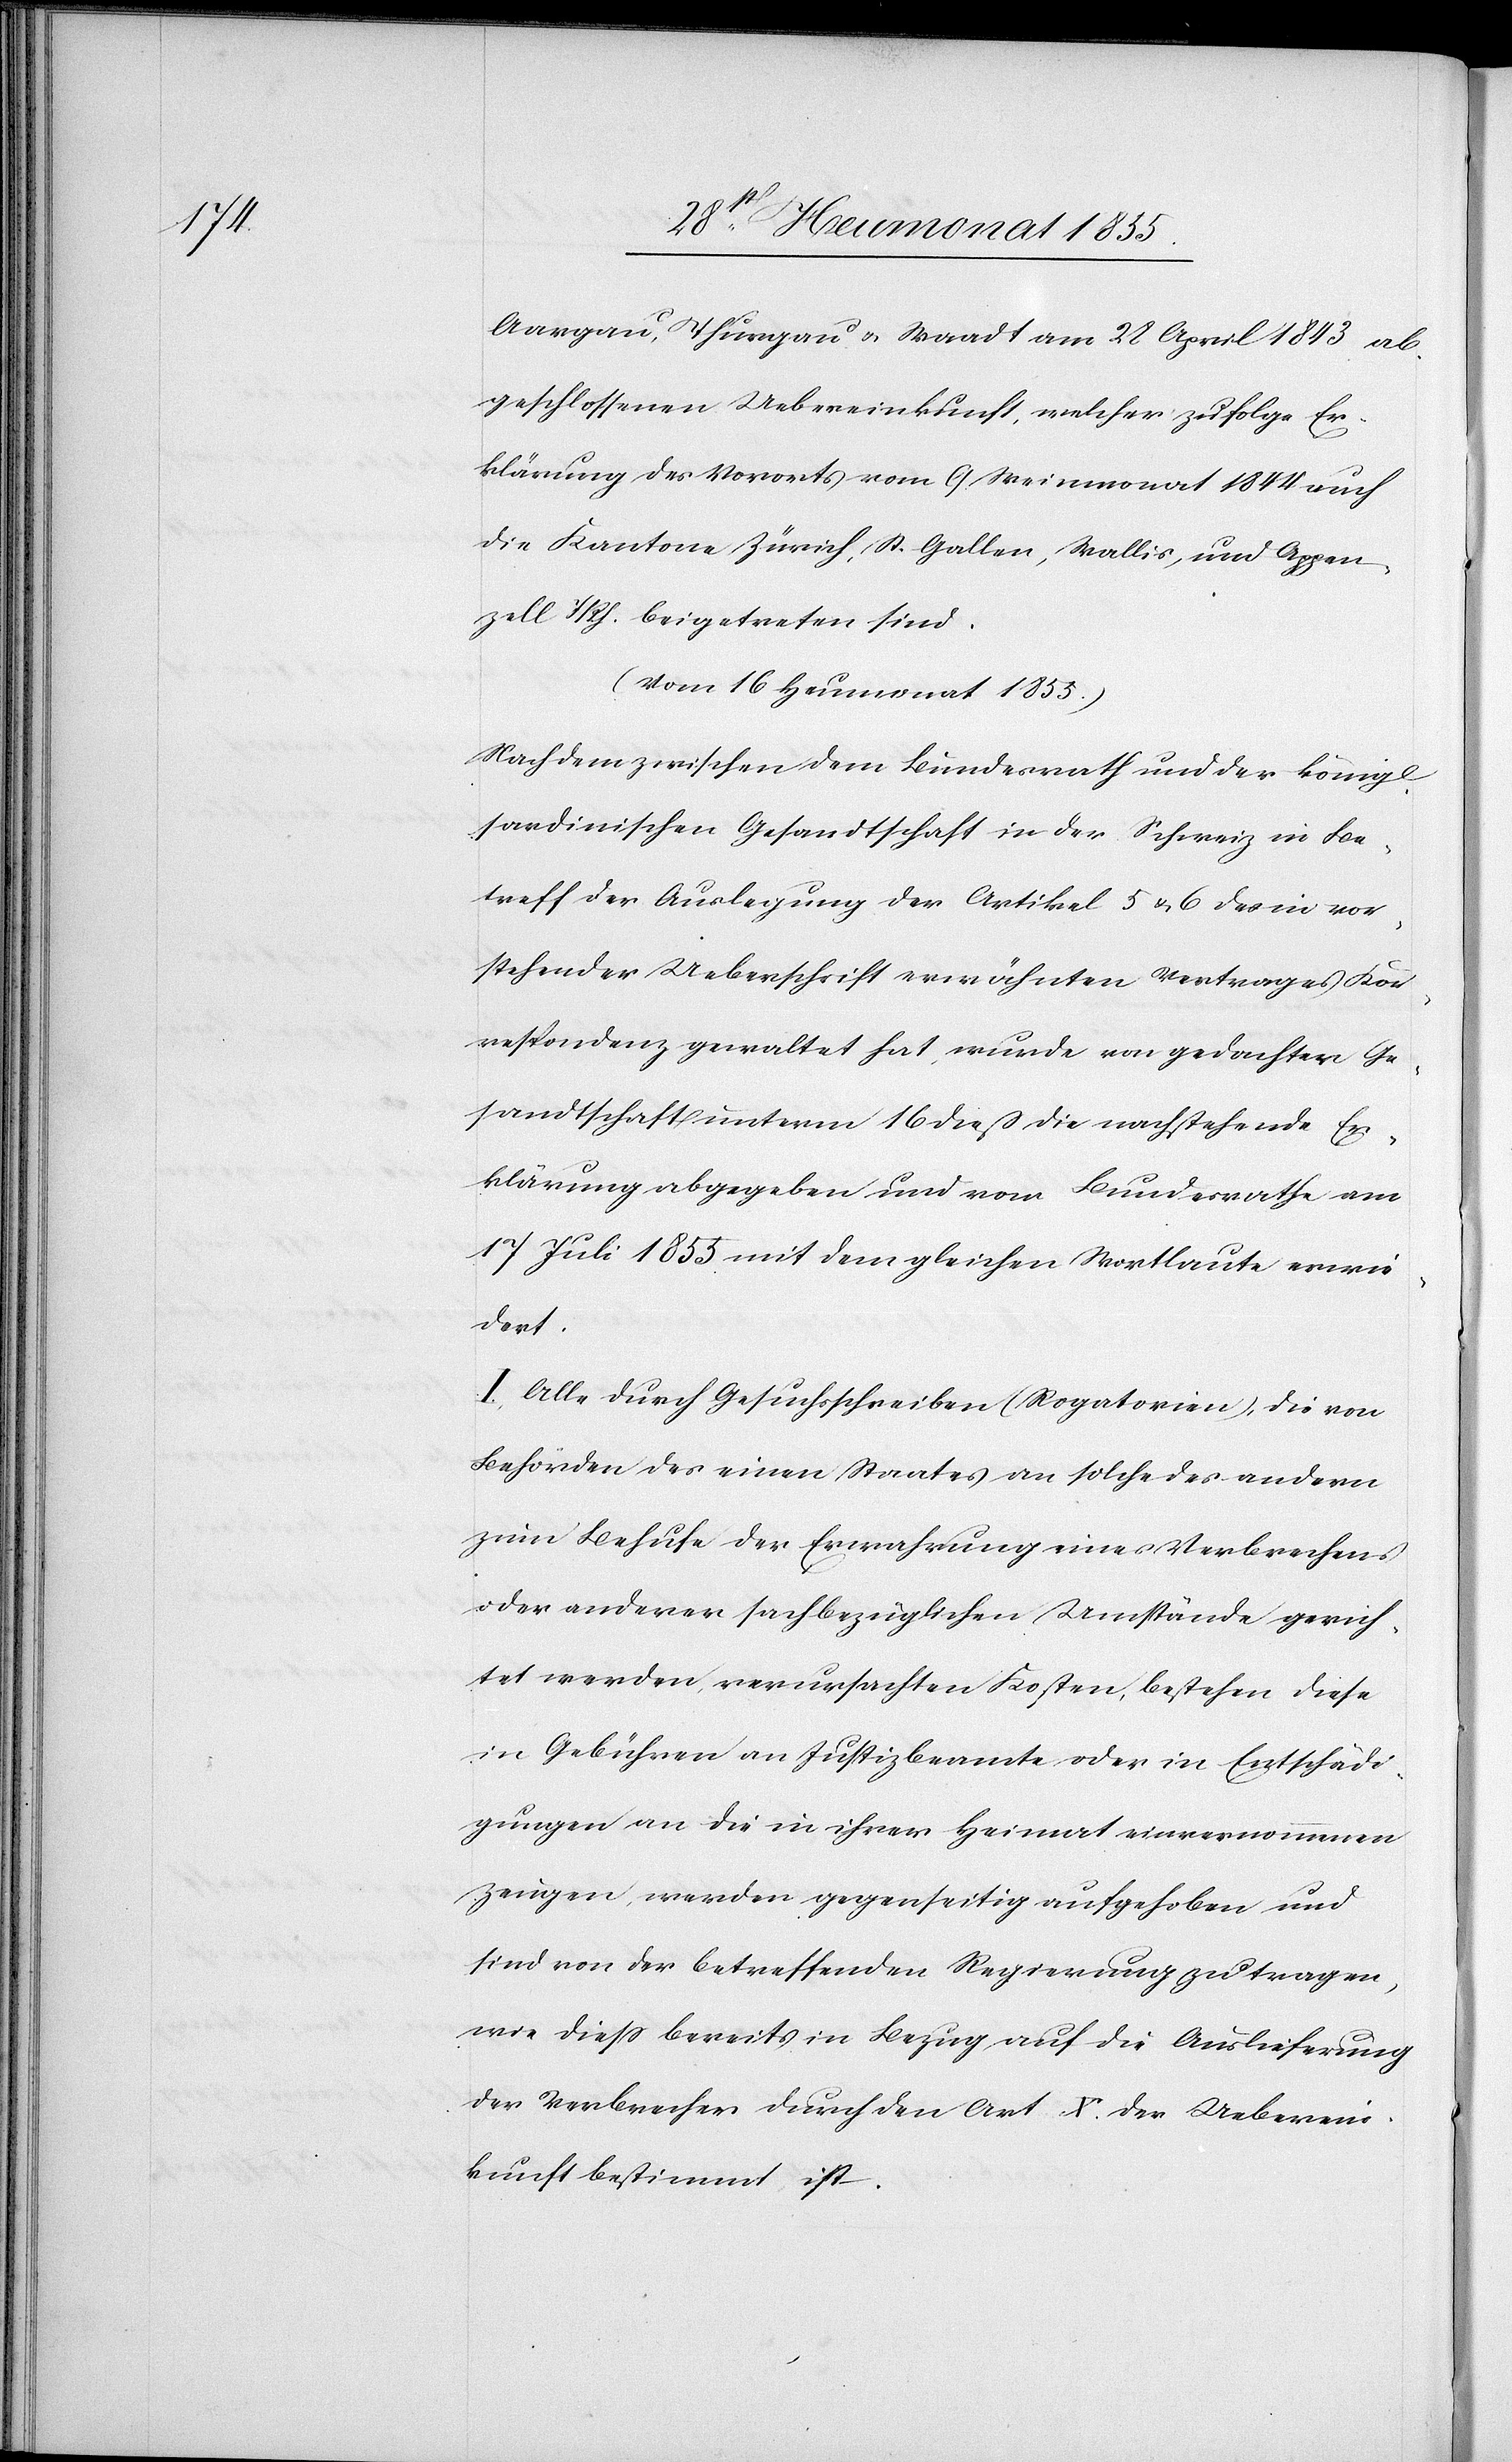
Aargau, Thurgau & Waadt am 28 April 1843 ab¬
geschlossenen Uebereinkunft, welcher zufolge Er¬
klärung des Vororts vom 9. Weinmonat 1844 auch
die Kantone Zürich, St. Gallen, Wallis, und Appen¬
zell i/Rh. beigetreten sind.
(Vom 16 Heumonat 1855.)
Nachdem zwischen dem Bundesrath und der königl.
sardinischen Gesandtschaft in der Schweiz in Be¬
treff der Auslegung der Artikel 5 & 6 des in vor¬
stehender Ueberschrift erwähnten Vertrages Kor¬
respondenz gewaltet hat, wurde von gedachter Ge¬
sandtschaft unterm 16 dieß die nachstehende Er¬
klärung abgegeben und vom Bundesrathe am
17 Juli 1855 mit dem gleichen Wortlaute erwie¬
dert.
I, Alle durch Gesuchschreiben (Rogatorien), die von
Behörden des einen Staates an solche des andern
zum Behufe der Erwahrung eines Verbrechens
oder anderer sachbezüglichen Umstände gerich¬
tet werden, verursachten Kosten, bestehen diese
in Gebühren an Justizbeamte oder in Entschädi¬
gungen an die in ihrer Heimat einvernommenen
Zeugen, werden gegenseitig aufgehoben und
sind von der betreffenden Regierung zu tragen,
wie diess bereits in Bezug auf die Auslieferung
der Verbrecher durch den Art. X. der Ueberein¬
kunft bestimmt ist.